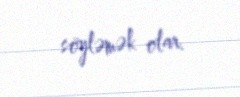
söyləmək olar.